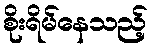
စိုးရိမ်နေသည့်